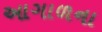
આગાળના